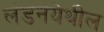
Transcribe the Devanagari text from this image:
लंडनयेथील